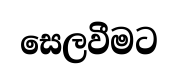
සෙලවීමට